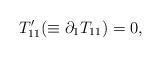
LaTeX: \begin{align*}T_{11}'(\equiv\partial_{1}T_{11})=0,\end{align*}